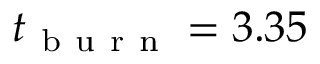
t _ { \mathrm { ~ b ~ u ~ r ~ n ~ } } = 3 . 3 5